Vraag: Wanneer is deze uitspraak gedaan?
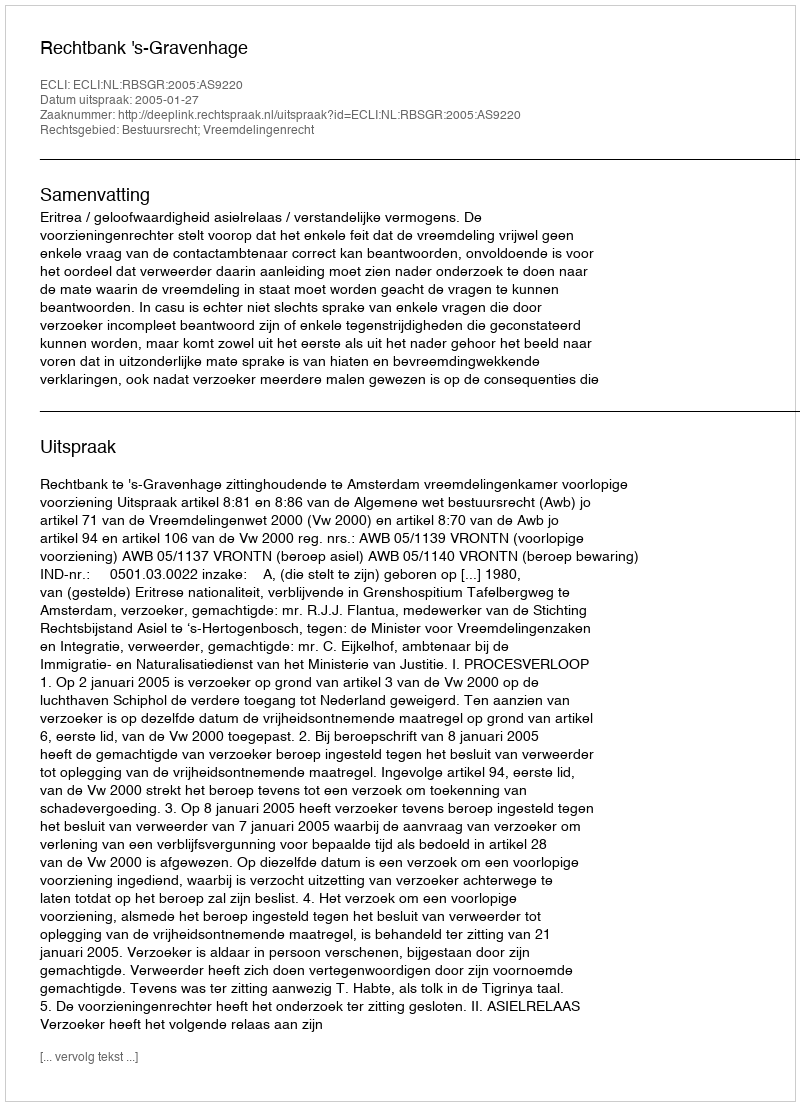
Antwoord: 2005-01-27